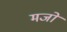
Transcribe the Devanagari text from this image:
मजों